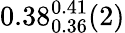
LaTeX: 0.38_{0.36}^{0.41}(2)